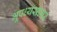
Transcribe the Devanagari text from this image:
भूपध्यसागर